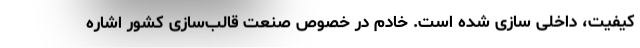
کیفیت، داخلی سازی شده است. خادم در خصوص صنعت قالب‌سازی کشور اشاره